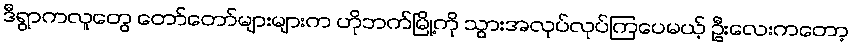
ဒီရွာကလူတွေ တော်တော်များများက ဟိုဘက်မြို့ကို သွားအလုပ်လုပ်ကြပေမယ့် ဦးလေးကတော့